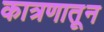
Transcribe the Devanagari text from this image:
कात्रणातून